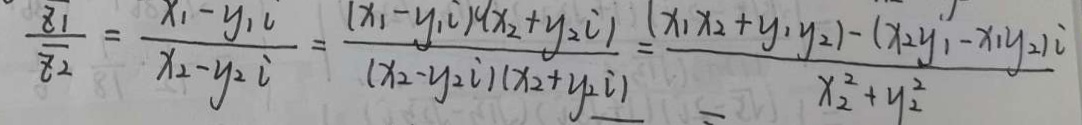
\frac { z _ { 1 } } { z _ { 2 } } = \frac { x _ { 1 } - y _ { 1 } c } { x _ { 2 } - y _ { 2 } i } = \frac { [ x _ { 1 } - y _ { 1 } i ) ( x _ { 2 } + y _ { 2 } i ) } { ( x _ { 2 } - y _ { 2 } i ) ( x _ { 2 } + y _ { 1 } i ) } = \frac { ( x _ { 1 } x _ { 2 } + y _ { 1 } y _ { 2 } ) - ( x _ { 2 } y _ { 1 } ^ { \prime } - x _ { 1 } y _ { 2 } ) i } { x _ { 2 } ^ { 2 } + y _ { 2 } ^ { 2 } }